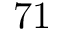
7 1